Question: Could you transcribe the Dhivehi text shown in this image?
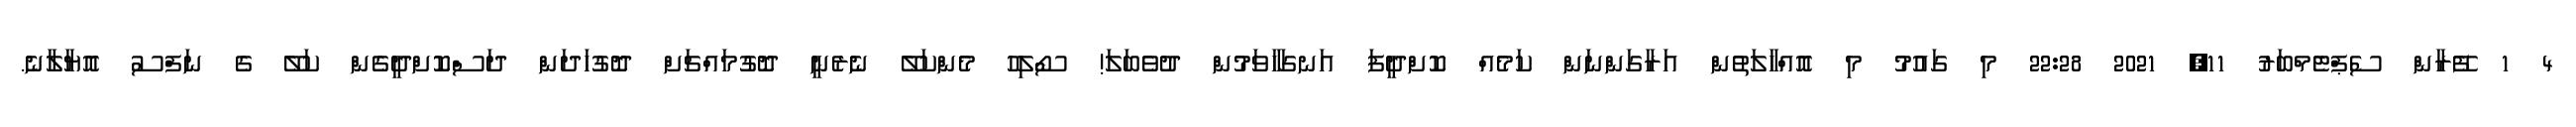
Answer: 4 1 ފޭރާން ސެޕްޓެމްބަރު 11, 2021 22:28 މި ގައުމު މި އޮއްހާލަތުން އަރާގަންނަން ކަމެއް ކޮށްދީފަ އަނގަހާވަމުން ދުވެބަލަ! ސޯލިހު މެންކަލޭ ނެރެނީ ދޮގުމައްޗަށް ދޮގުހަދަން ދަސްކޮށްދީގެން ކަލޭ ގެ ނަފްސު އޮޔާލާނެ.